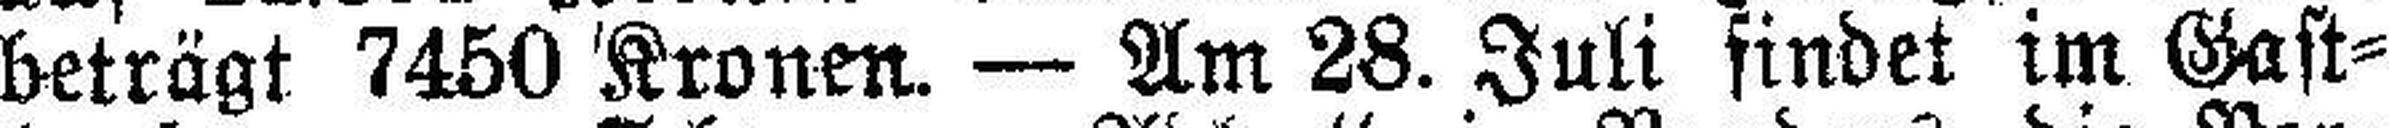
beträgt 7450 Kronen. — Am 28. Juli findet im Gast¬